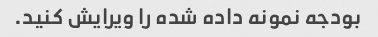
بودجه نمونه داده شده را ویرایش کنید.